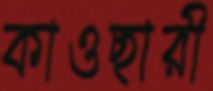
কাওছারী